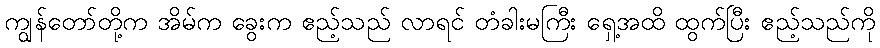
ကျွန်တော်တို့က အိမ်က ခွေးက ဧည့်သည် လာရင် တံခါးမကြီး ရှေ့အထိ ထွက်ပြီး ဧည့်သည်ကို